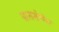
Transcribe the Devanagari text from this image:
ग्रासशोप्पेर